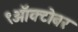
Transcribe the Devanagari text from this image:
९ऑक्टोबर